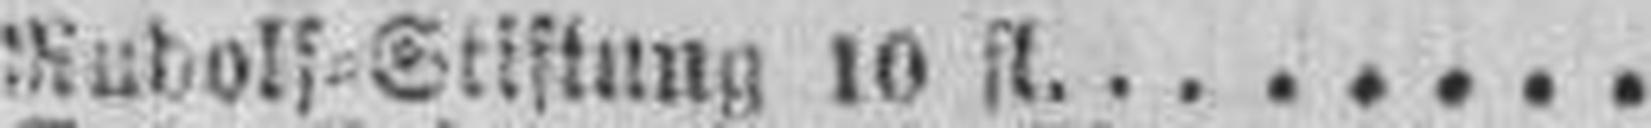
Rudolf Stiftung 10 fl.